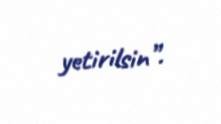
yetirilsin”.